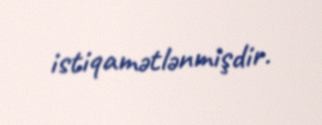
istiqamətlənmişdir.